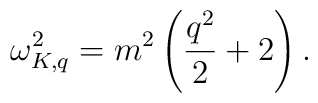
\omega_{K,q}^2=m^2\left(\frac{q^2}{2}+2\right).